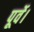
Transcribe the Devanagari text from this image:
पूर्वे।